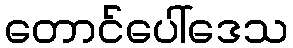
တောင်ပေါ်ဒေသ